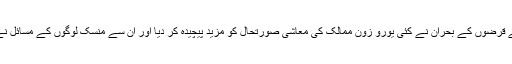
مالی سال 2008-09ء کے بعد عالمی معیشتوں کی ناکامی اور خاص طور پر یورپین ممالک کے بڑھتے قرضوں کے بحران نے کئی یورو زون ممالک کی معاشی صورتحال کو مزید پیچیدہ کر دیا اور ان سے منسک لوگوں کے مسائل نے عالمی رہنماؤں کو معیشت کلاں کی پالیسیوں کے بارے میں دوبارہ سوچ بچار کرنے پر مجبور کر دیا۔